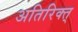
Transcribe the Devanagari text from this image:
अतिरिक्त्